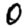
Digit: 0